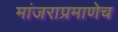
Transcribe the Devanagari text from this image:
मांजराप्रमाणेच